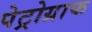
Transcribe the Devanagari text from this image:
पेट्रोग्राफ